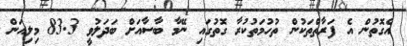
އެގޮތުން އެ ފަރާތްތަކުން ތުހުމަތުކުރާ ގޮތުގައި ނޭމާ ބާސާއަށް ބަދަލުވީ 83.3 މިލިއަން